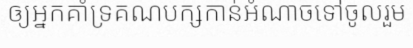
ឲ្យអ្នកគាំទ្រគណបក្សកាន់អំណាចទៅចូលរួម